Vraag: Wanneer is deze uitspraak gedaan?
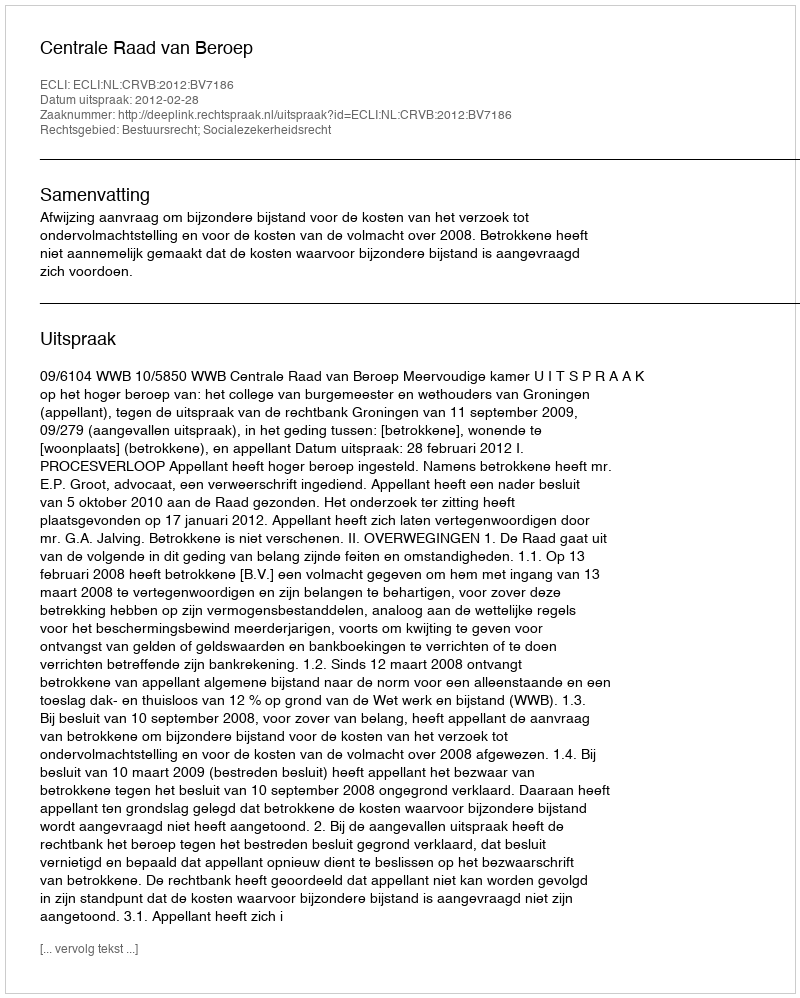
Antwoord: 2012-02-28